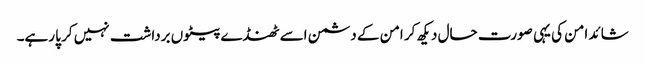
شائد امن کی یہی صورت حال دیکھ کر امن کے دشمن اسے ٹھنڈے پیٹوں برداشت نہیں کر پا رہے۔